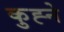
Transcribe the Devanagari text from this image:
कुह्ने